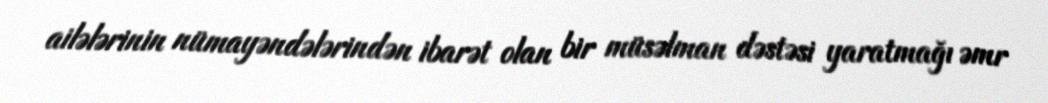
ailələrinin nümayəndələrindən ibarət olan bir müsəlman dəstəsi yaratmağı əmr